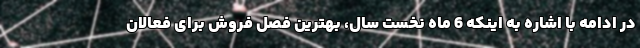
در ادامه با اشاره به اینکه 6 ماه نخست سال، بهترین فصل فروش براى فعالان